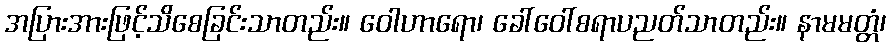
အပြားအားဖြင့်သိစေခြင်းသာတည်း။ ဝေါဟာရော၊ ခေါ်ဝေါ်စရာပညတ်သာတည်း။ နာမမတ္တံ၊